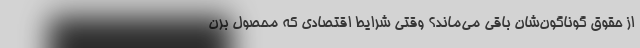
از حقوق گوناگون‌شان باقی می‌ماند؟ وقتی شرایط اقتصادی که محصول برن